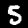
Digit: 5